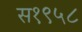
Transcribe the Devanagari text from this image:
स१९५८